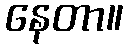
နေတာ။